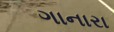
ગાનારા